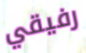
رفيقي